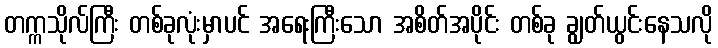
တက္ကသိုလ်ကြီး တစ်ခုလုံးမှာပင် အရေးကြီးသော အစိတ်အပိုင်း တစ်ခု ချွတ်ယွင်းနေသလို